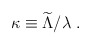
\begin{align*}\kappa\equiv{\widetilde \Lambda}/\lambda~.\end{align*}